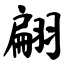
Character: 翩